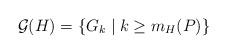
LaTeX: \begin{align*}\mathcal{G}(H) = \{G_k \mid k \ge m_{H}(P)\} \end{align*}